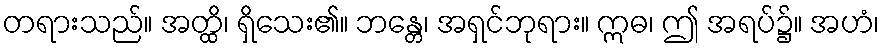
တရားသည်။ အတ္ထိ၊ ရှိသေး၏။ ဘန္တေ၊ အရှင်ဘုရား။ ဣဓ၊ ဤ အရပ်၌။ အဟံ၊